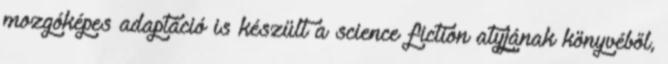
mozgóképes adaptáció is készült a science fiction atyjának könyvéből,